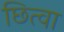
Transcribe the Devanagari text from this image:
छित्वा